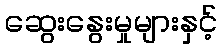
ဆွေးနွေးမှုများနှင့်